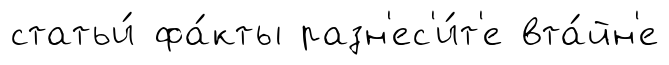
статьи́ фа́кты разн'ес'и́т'е вта́йн'е